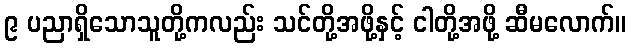
၉ ပညာရှိသောသူတို့ကလည်း သင်တို့အဖို့နှင့် ငါတို့အဖို့ ဆီမလောက်။